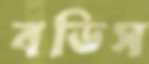
বডিস